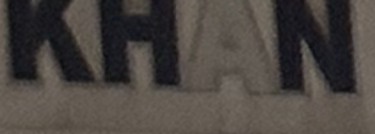
KHAN